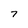
Character: 7